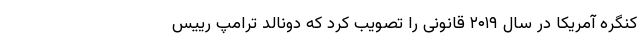
کنگره آمریکا در سال ۲۰۱۹ قانونی را تصویب کرد که دونالد ترامپ رییس